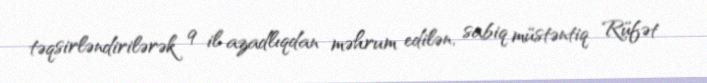
təqsirləndirilərək 9 il azadlıqdan məhrum edilən, sabiq müstəntiq Rüfət